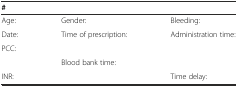
<table><thead><tr><td><b>#</b></td><td></td><td></td></tr></thead><tbody><tr><td>Age:</td><td>Gender:</td><td>Bleeding:</td></tr><tr><td>Date:</td><td>Time of prescription:</td><td>Administration time:</td></tr><tr><td>PCC:</td><td></td><td></td></tr><tr><td></td><td>Blood bank time:</td><td></td></tr><tr><td>INR:</td><td></td><td>Time delay:</td></tr></tbody></table>